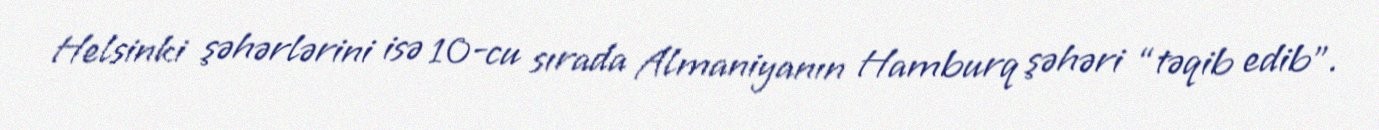
Helsinki şəhərlərini isə 10-cu sırada Almaniyanın Hamburq şəhəri “təqib edib”.